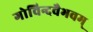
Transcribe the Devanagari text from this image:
गोविन्दवैभवम्